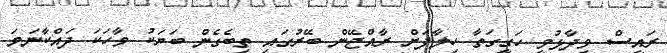
ރައީސް ވިދާޅުވީ ހަގީގަތާ ހިލާފަށް ރާއްޖޭން ބޭރުގައި ތިބެގެން ބަޔަކު ވާހަކަ ދައްކާނަމަ